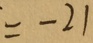
= - 2 1